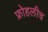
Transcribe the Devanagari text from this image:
फ्रोहलीच